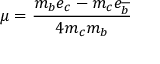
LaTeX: \mu = \frac { m _ { b } e _ { c } - m _ { c } e _ { \overline { { { b } } } } } { 4 m _ { c } m _ { b } } \; \; \;